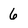
Character: 6